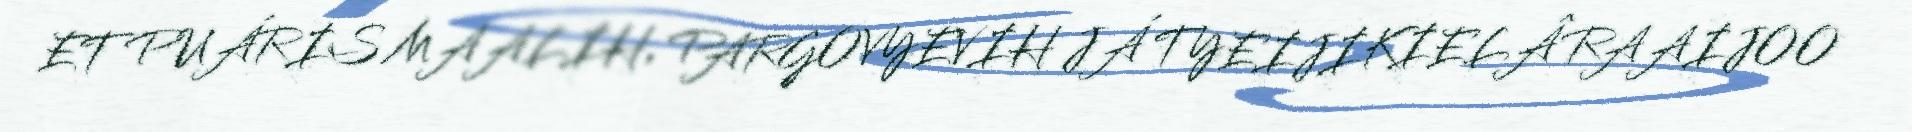
ET PUÁRIS MAALIH, PARGOVYEVIH JÁ TYEIJIKIELÂ RAAIJOO